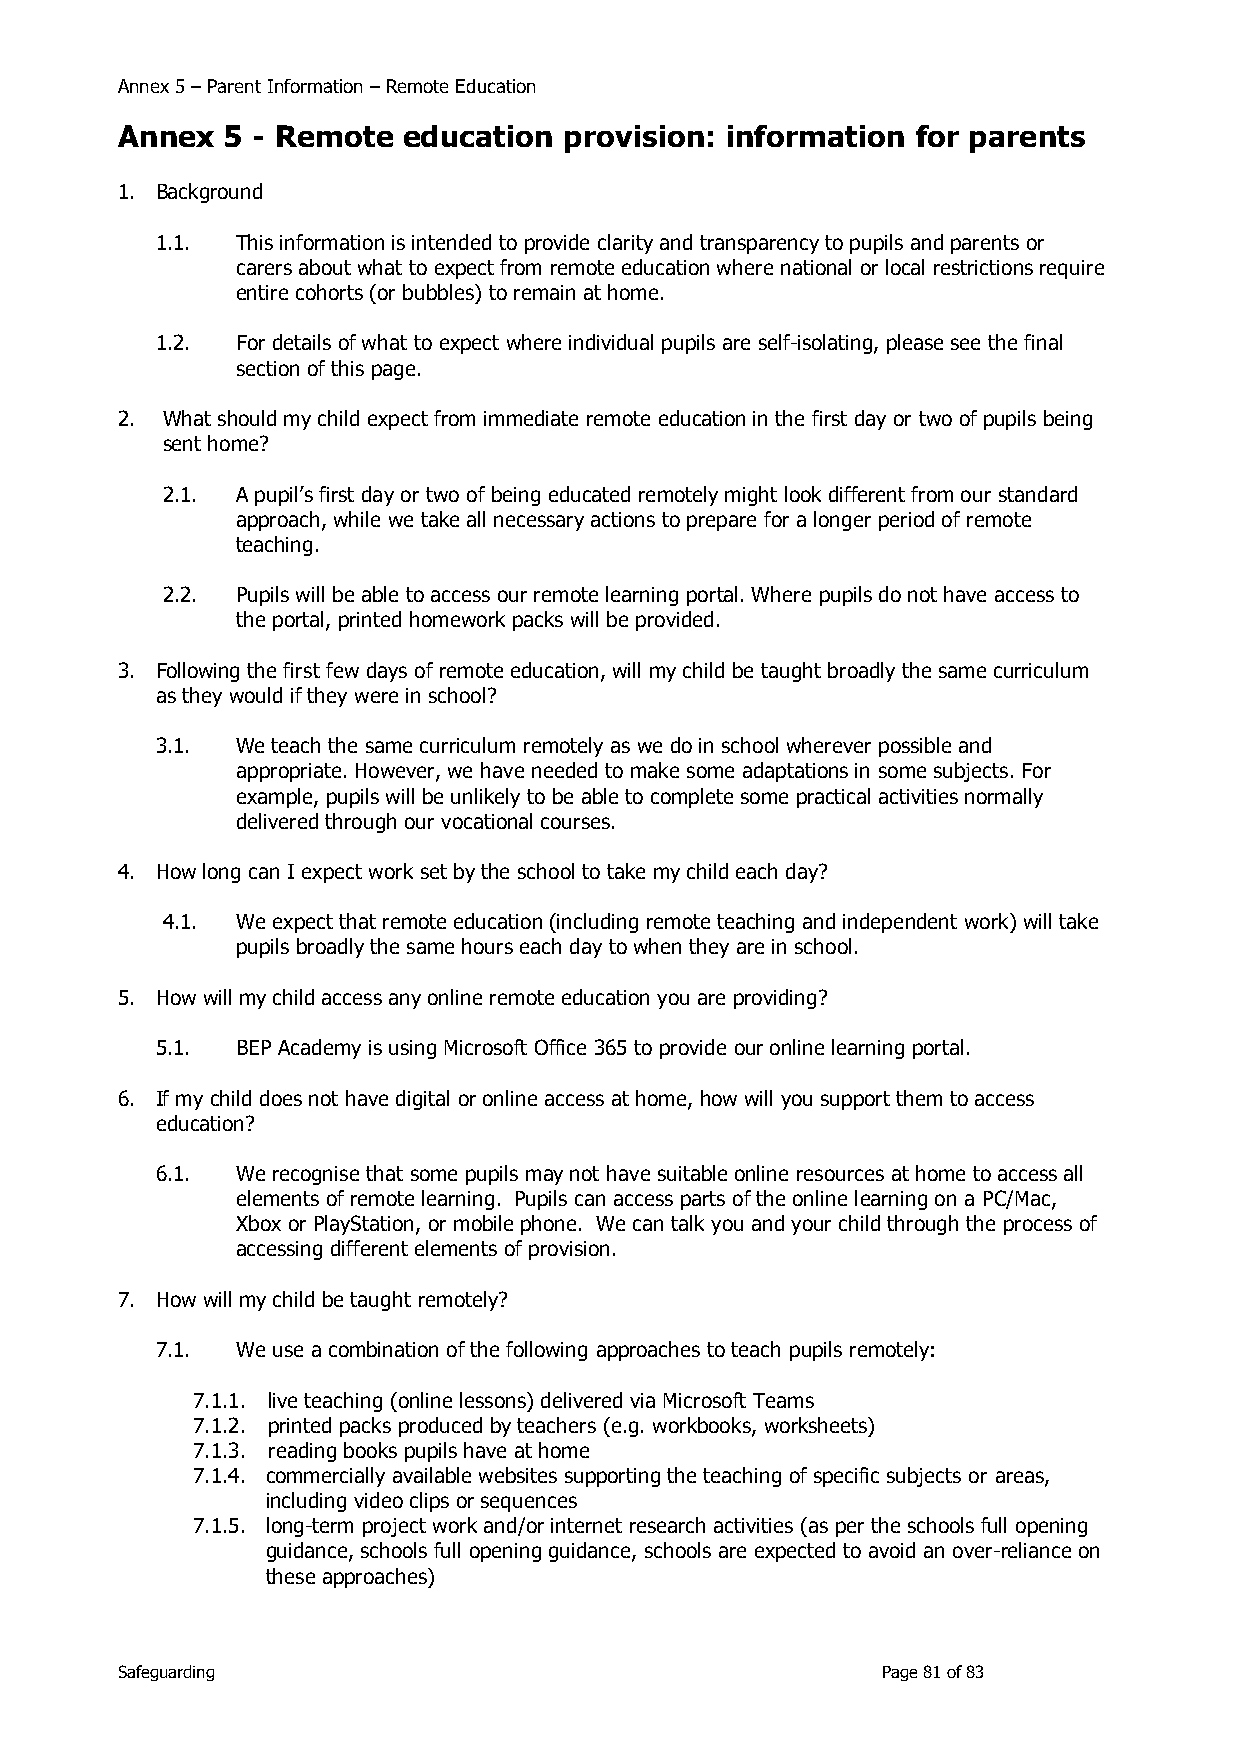
Annex 5 – Parent Information – Remote Education
 Annex  5 - Remote  education provision: information  for parents
 1. Background
 1.1.  This information is intended to provide clarity and transparency to pupils and parents or
 carers about what to expect from remote education where national or local restrictions require
 entire cohorts (or bubbles) to remain at home.
 1.2.  For details of what to expect where individual pupils are self-isolating, please see the final
 section of this page.
 2. What should my child expect from immediate remote education in the first day or two of pupils being
 sent home?
 2.1. A pupil’s first day or two of being educated remotely might look different from our standard
 approach, while we take all necessary actions to prepare for a longer period of remote
 teaching.
 2.2. Pupils will be able to access our remote learning portal. Where pupils do not have access to
 the portal, printed homework packs will be provided.
 3. Following the first few days of remote education, will my child be taught broadly the same curriculum
 as they would if they were in school?
 3.1.  We teach the same curriculum remotely as we do in school wherever possible and
 appropriate. However, we have needed to make some adaptations in some subjects. For
 example, pupils will be unlikely to be able to complete some practical activities normally
 delivered through our vocational courses.
 4. How long can I expect work set by the school to take my child each day?
 4.1. We expect that remote education (including remote teaching and independent work) will take
 pupils broadly the same hours each day to when they are in school.
 5. How will my child access any online remote education you are providing?
 5.1.  BEP Academy is using Microsoft Office 365 to provide our online learning portal.
 6. If my child does not have digital or online access at home, how will you support them to access
 education?
 6.1.  We recognise that some pupils may not have suitable online resources at home to access all
 elements of remote learning. Pupils can access parts of the online learning on a PC/Mac,
 Xbox or PlayStation, or mobile phone. We can talk you and your child through the process of
 accessing different elements of provision.
 7. How will my child be taught remotely?
 7.1.  We use a combination of the following approaches to teach pupils remotely:
 7.1.1. live teaching (online lessons) delivered via Microsoft Teams
 7.1.2. printed packs produced by teachers (e.g. workbooks, worksheets)
 7.1.3. reading books pupils have at home
 7.1.4. commercially available websites supporting the teaching of specific subjects or areas,
 including video clips or sequences
 7.1.5. long-term project work and/or internet research activities (as per the schools full opening
 guidance, schools full opening guidance, schools are expected to avoid an over-reliance on
 these approaches)
 Safeguarding                                      Page 81 of 83